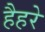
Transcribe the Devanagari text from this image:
हैहरे